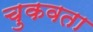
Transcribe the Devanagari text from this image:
चुकवता